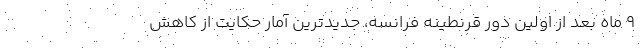
9 ماه بعد از اولین دور قرنطینه فرانسه، جدیدترین آمار حکایت از کاهش